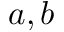
a , b